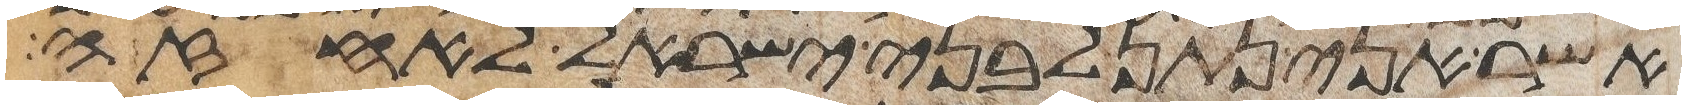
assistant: אשר אני נתן לבני ישראל לאחזה